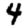
Digit: 4